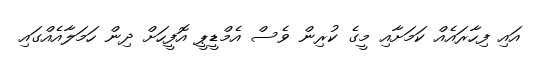
އައި ފިހާރައެއް ކަމަށާއި މީގެ ކުރިން ވެސް އެމްޑީޕީ އޮފީހަށް ދިން ހަމަލާއެއްގައި